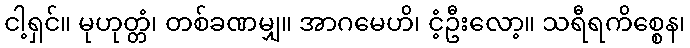
ငါ့ရှင်။ မုဟုတ္တံ၊ တစ်ခဏမျှ။ အာဂမေဟိ၊ ငံ့ဦးလော့။ သရီရကိစ္စေန၊